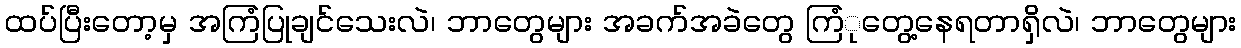
ထပ်ပြီးတော့မှ အကြံပြုချင်သေးလဲ၊ ဘာတွေများ အခက်အခဲတွေ ကြံုတွေ့နေရတာရှိလဲ၊ ဘာတွေများ